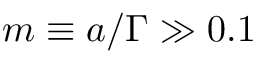
m \equiv a / { \Gamma } \gg 0 . 1